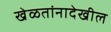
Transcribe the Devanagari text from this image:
खेळतांनादेखील